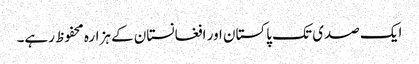
ایک صدی تک پاکستان اور افغانستان کے ہزارہ محفوظ رہے۔